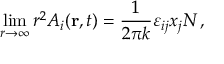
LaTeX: \operatorname * { l i m } _ { r \to \infty } r ^ { 2 } A _ { i } ( { \bf r } , t ) = { \frac { 1 } { 2 \pi k } } \varepsilon _ { i j } x _ { j } N \, ,